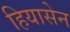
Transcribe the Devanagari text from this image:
हियासेन